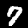
Label: 7